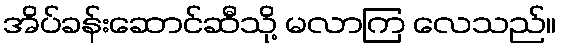
အိပ်ခန်းဆောင်ဆီသို့ မလာကြ လေသည်။